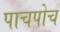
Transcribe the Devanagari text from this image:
पाचपोच